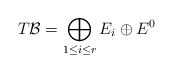
\begin{align*} T\mathcal{B} = \bigoplus_{1\leq i\leq r} E_i\oplus E^0\end{align*}